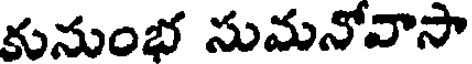
కునుంభ సుమనోవాసా